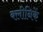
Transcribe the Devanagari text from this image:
क्लीनिकें